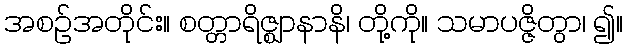
အစဉ်အတိုင်း။ စတ္တာရိဇ္ဈာနာနိ၊ တို့ကို။ သမာပဇ္ဇိတွာ၊ ၍။